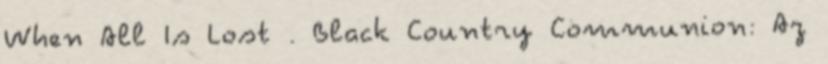
When All Is Lost . Black Country Communion: Az